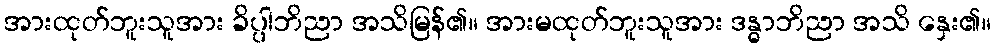
အားထုတ်ဘူးသူအား ခိပ္ပါဘိညာ အသိမြန်၏။ အားမထုတ်ဘူးသူအား ဒန္ဓာဘိညာ အသိ နှေး၏။